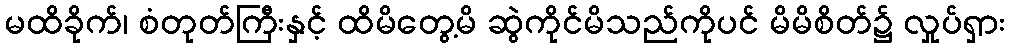
မထိခိုက်၊ စံတုတ်ကြီးနှင့် ထိမိတွေ့မိ ဆွဲကိုင်မိသည်ကိုပင် မိမိစိတ်၌ လှုပ်ရှား